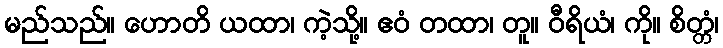
မည်သည်။ ဟောတိ ယထာ၊ ကဲ့သို့။ ဧဝံ တထာ၊ တူ။ ဝီရိယံ၊ ကို။ စိတ္တံ၊